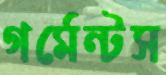
গর্মেন্টস